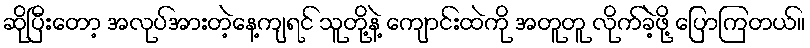
ဆိုပြီးတော့ အလုပ်အားတဲ့နေ့ကျရင် သူတို့နဲ့ ကျောင်းထဲကို အတူတူ လိုက်ခဲ့ဖို့ ပြောကြတယ်။